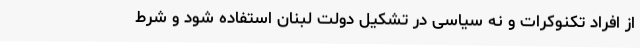
از افراد تکنوکرات و نه سیاسی در تشکیل دولت لبنان استفاده شود و شرط